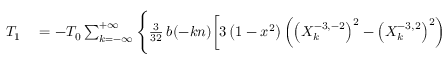
\begin{array} { r l } { T _ { 1 } } & { { } = - { \cal T } _ { 0 } \sum _ { k = - \infty } ^ { + \infty } \Bigg \{ \frac { 3 } { 3 2 } \, b ( - k n ) \bigg [ 3 \left( 1 - x ^ { 2 } \right) \left( \left( X _ { k } ^ { - 3 , - 2 } \right) ^ { 2 } - \left( X _ { k } ^ { - 3 , 2 } \right) ^ { 2 } \right) } \end{array}